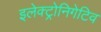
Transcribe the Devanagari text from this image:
इलेक्ट्रोनिगेटिव